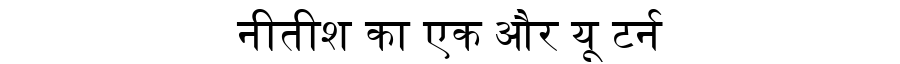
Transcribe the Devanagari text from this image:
नीतीश का एक और यू टर्न